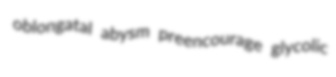
oblongatal abysm preencourage glycolic